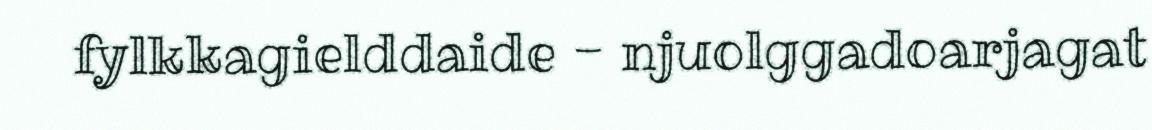
fylkkagielddaide - njuolggadoarjagat